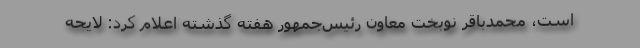
است، محمدباقر نوبخت معاون رئیس‌جمهور هفته گذشته اعلام کرد: لایحه